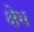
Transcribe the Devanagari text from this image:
क्षेभ